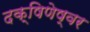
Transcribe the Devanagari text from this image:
दक्षिणेष्वर